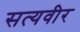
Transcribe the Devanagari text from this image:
सत्यवीर